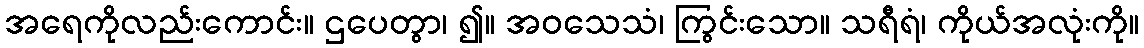
အရေကိုလည်းကောင်း။ ဌပေတွာ၊ ၍။ အဝသေသံ၊ ကြွင်းသော။ သရီရံ၊ ကိုယ်အလုံးကို။